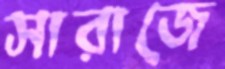
সারাজে